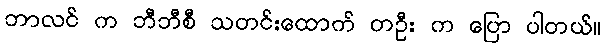
ဘာလင် က ဘီဘီစီ သတင်းထောက် တဦး က ပြော ပါတယ်။